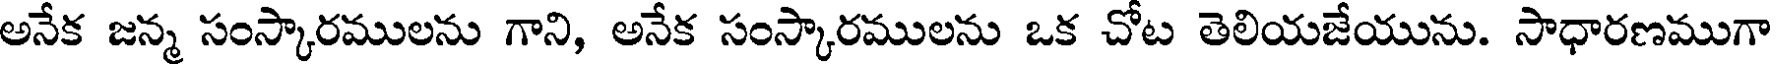
అనేక జన్మ సంస్కారములను గాని, అనేక సంస్కారములను ఒక చోట తెలియజేయును. సాధారణముగా